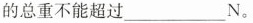
的总重不能超过___N。